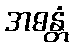
အဓန္တံ